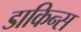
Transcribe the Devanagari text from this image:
डाकिन्स